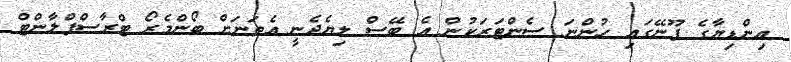
އިންޑިޔާގެ ޕޫނޭގައި ހުންނަ ސެންޓަރަކުން އެ ބޭސް ލިޔެދެނީ އެތަނަށް ބޯންމެރޯ ޓްރާސްޕްލާންޓް